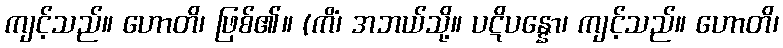
ကျင့်သည်။ ဟောတိ၊ ဖြစ်၏။ (ကိံ၊ အဘယ်သို့။ ပဋိပန္နော၊ ကျင့်သည်။ ဟောတိ၊